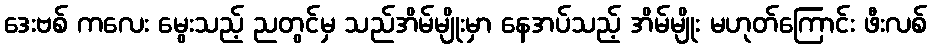
ဒေးဗစ် ကလေး မွေးသည့် ညတွင်မှ သည်အိမ်မျိုးမှာ နေအပ်သည့် အိမ်မျိုး မဟုတ်ကြောင်း ဖီးလစ်